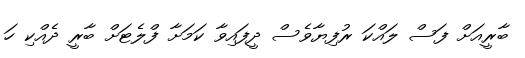
ބާރީއަށް ފަސް ލައްކަ ރުފިޔާވެސް ދީފައިވާ ކަމަށާ ފްލެޓަށް ބާރީ ދެއްކި ހަ